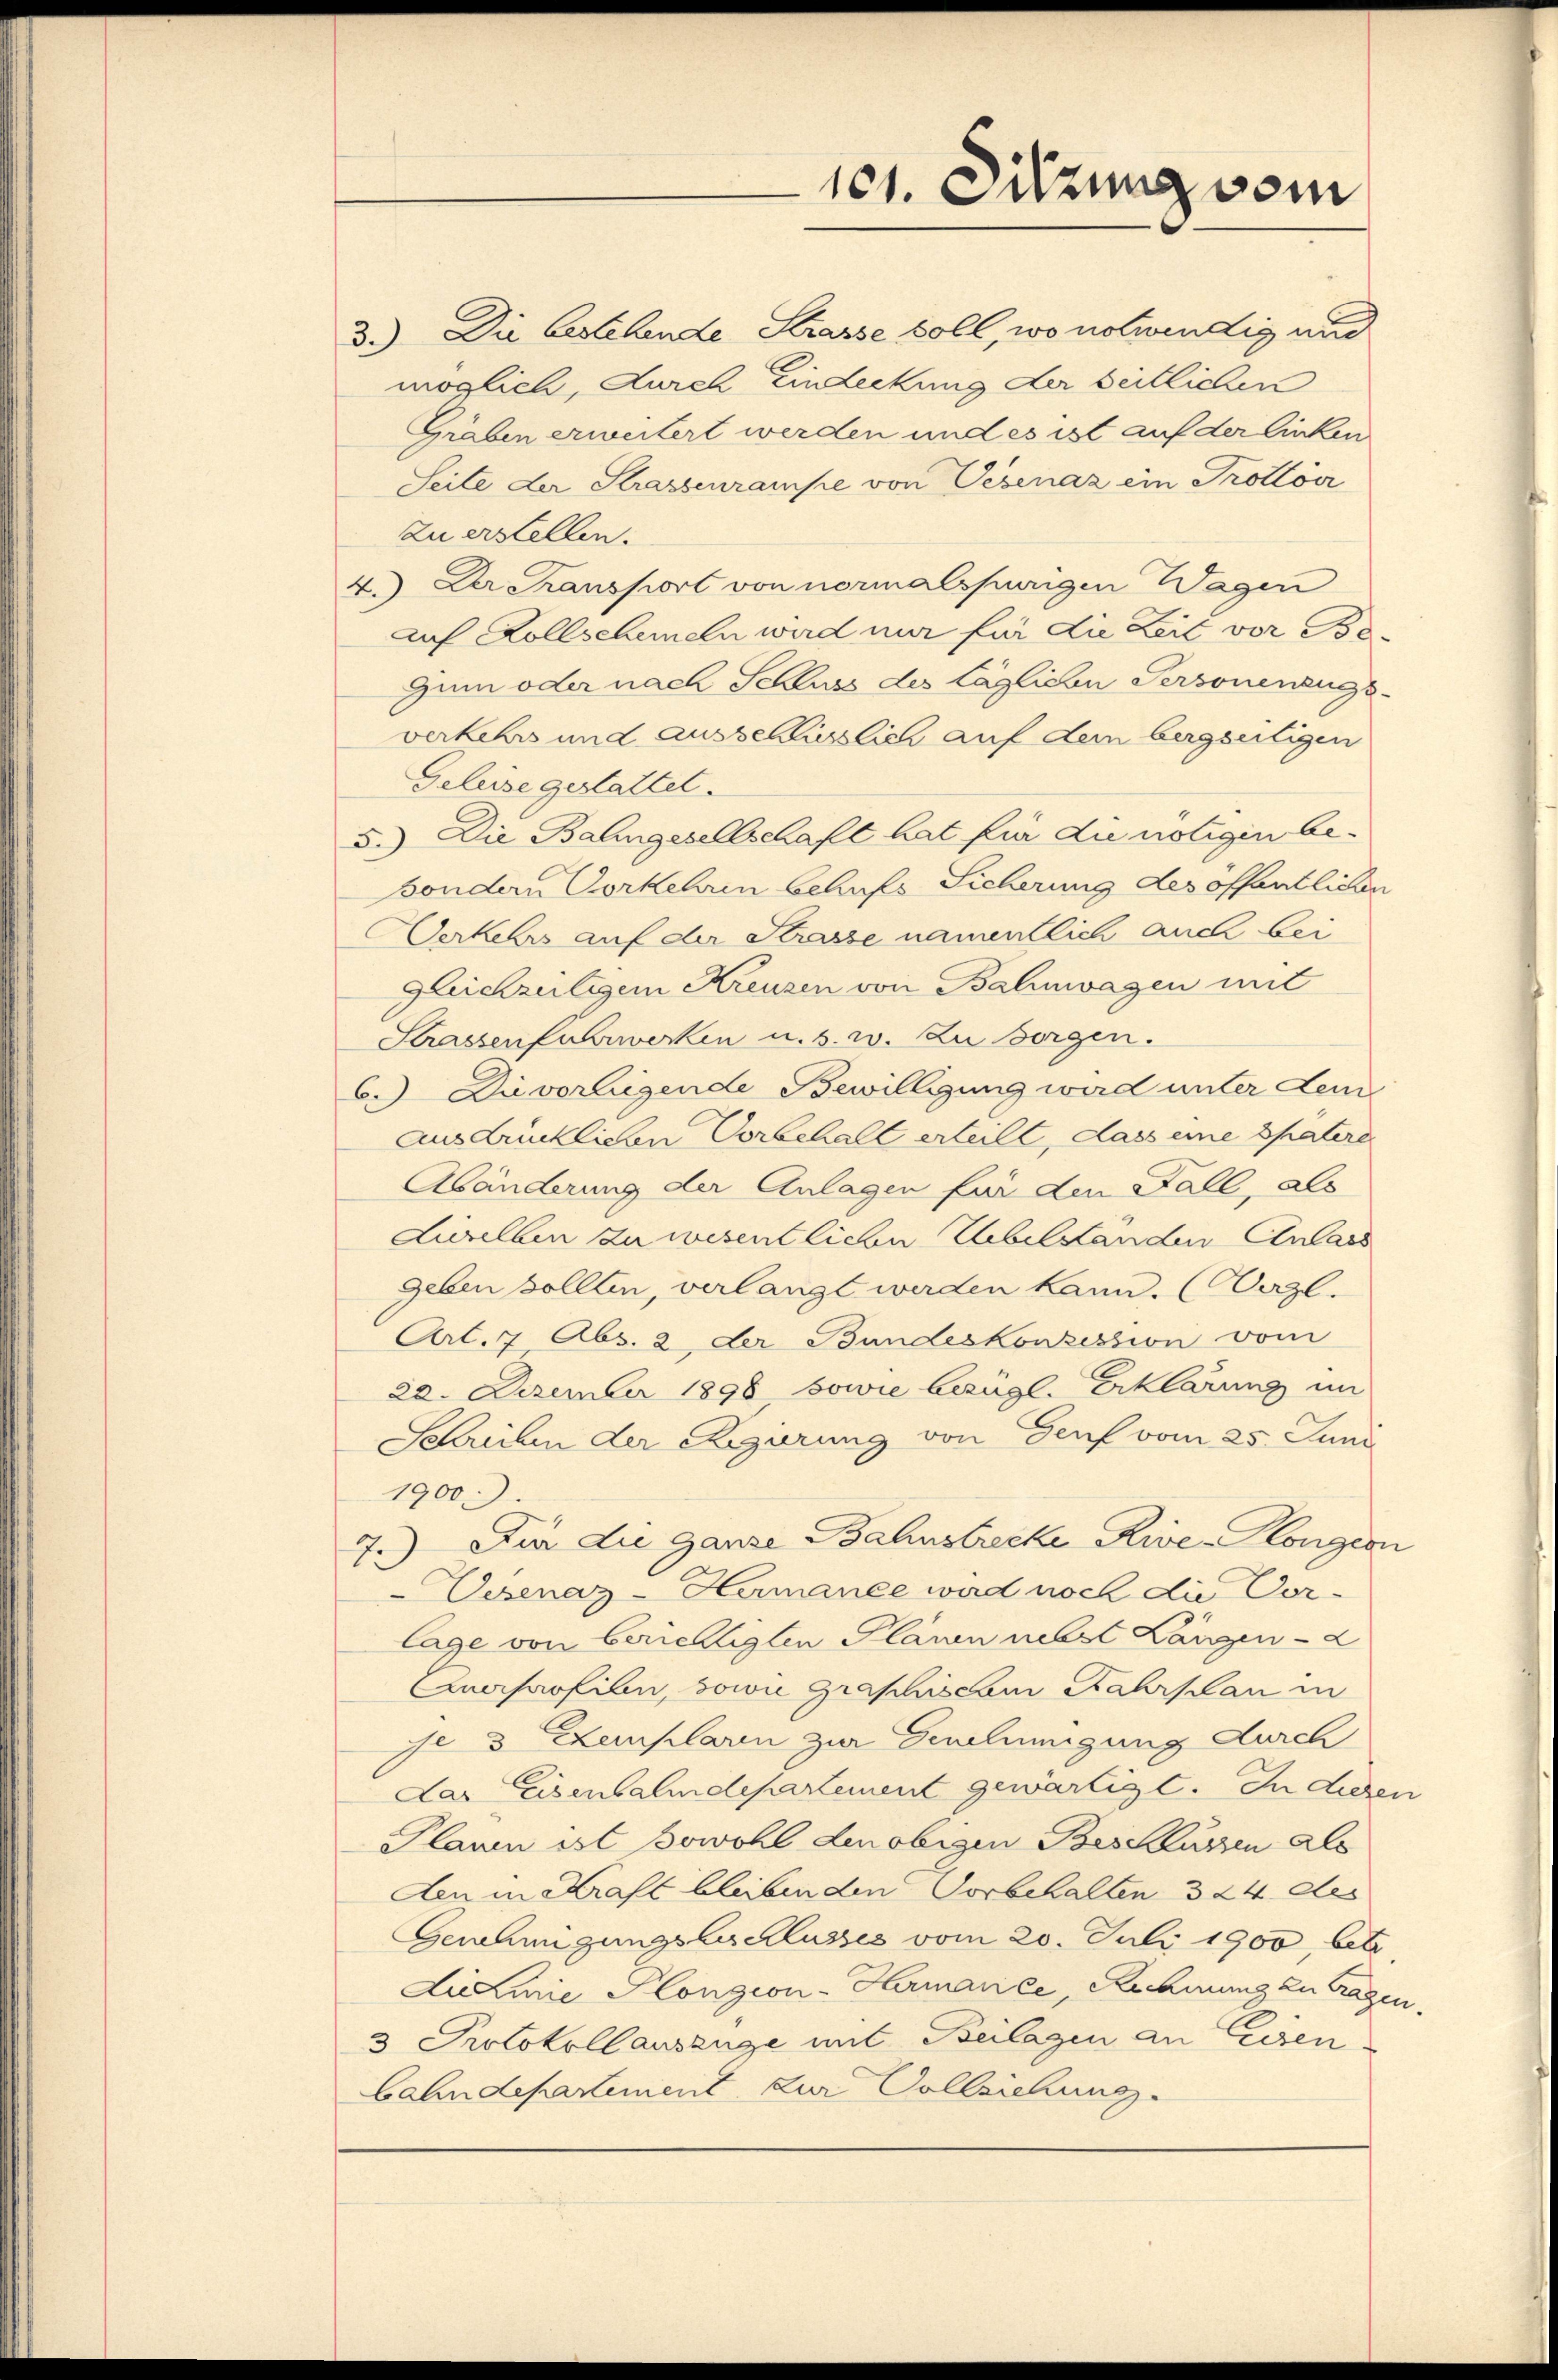
101. Sitzung vom

3.) Die bestehende Strasse soll, wo notwendig und
möglich, durch Eindeckung der seitlichen
Graben erweitert werden und es ist auf der linken
Seite der Strassenrampe von Vevenaz ein Trottoir
Zu erstellen.
4.) Dr Transport von normalspurigen Wagen
auf Rollscheinen wird nur für die Zeit vor Be¬
Zum oder nach Schluss des täglichen Personenzugs-
verkehrs und ausschlüsslich auf dem bergseitigen
Geluse gestattet.
5.) Die Balingesellschaft hat für die nötigen be¬
Bondern Vorkehren behufs Sicherung des offentlichen
Werkehrs auf der Strasse namentlich auch bei
gleichzeitigem Kreuzen von Balinwagen mit
Strassenfuhrwerken u. s. w. zu sorgen.
6. Die vorliegende Bewillgung wird unter dem
Ausdrücklichen Vorbehalt erteilt, dass eine spätere
Abänderung der Anlagen für den Fall, als
Zwelben zu wesentlichen Uebelständen Anlass
geben sollten, verlangt werden kann. (Dazl.
Art. 7 Abs. 2 der Bundeskonzession vom
22. Dezember 1898 sowie bezügl. Erklärung im
Schreiben der Regierung von Genf vom 25. Juni
1900.
Für die ganze Bahnstrecke Rive-Plongion
d
2.
Uexenaz-Hermanee wird noch die Vor-
lage von berichtigten Planen nebst Lanzen - a
Querprofilen, sowie graphische Fahrplan in
il & Exemplaren zur Genehmigung durch
Das Eisenbahndepartement gewärtigt. In diesen
Plauen ist sowohl den obigen Beschlüssen als
Aen in Kraft bleiben den Vorbehalten 324 des
Genehmigungsbeschlusses vom 20. Juli 1900, betr.
LuLinie Plongion-Hermarile, Rechnung zu tragen.
3 Protokollauszüge mit Beilagen an Essenbahndepartement zur Volleichung.